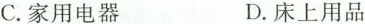
C. 家用电器 D. 床上用品